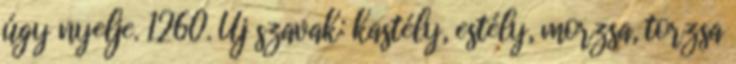
úgy nyelje. 1260. Új szavak: kastély, estély, morzsa, torzsa